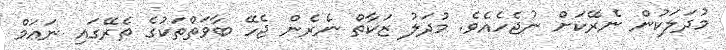
މުދަލަކުން ނެރޭކަށް ނުޖެހެއެވެ. މުދަލު ޒަކާތް ނެރެން ޖެހޭ ބާވަތްތަކުގެ ތެރޭގައި ނަޢަމް